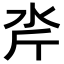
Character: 𪵮